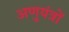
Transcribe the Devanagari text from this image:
अणुयंत्रों